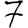
Digit: 7